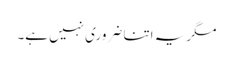
مگر یہ اتنا ضروری نہیں ہے۔